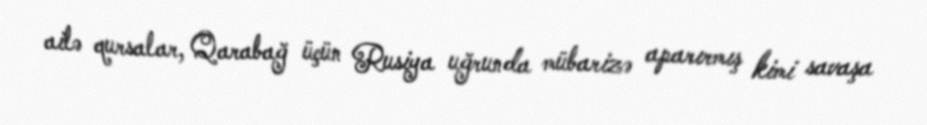
ailə qursalar, Qarabağ üçün Rusiya uğrunda mübarizə aparırmış kimi savaşa